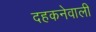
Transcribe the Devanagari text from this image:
दहकनेवाली